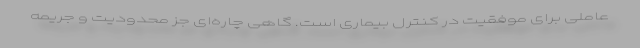
عاملی برای موفقیت در کنترل بیماری است. گاهی چاره‌ای جز محدودیت و جریمه